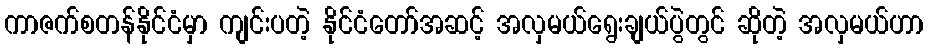
ကာဇက်စတန်နိုင်ငံမှာ ကျင်းပတဲ့ နိုင်ငံတော်အဆင့် အလှမယ်ရွေးချယ်ပွဲတွင် ဆိုတဲ့ အလှမယ်ဟာ